Indian journal of veterinary science and animal husbandry - Volumes 26-27, 1956-1957
Year: 1956
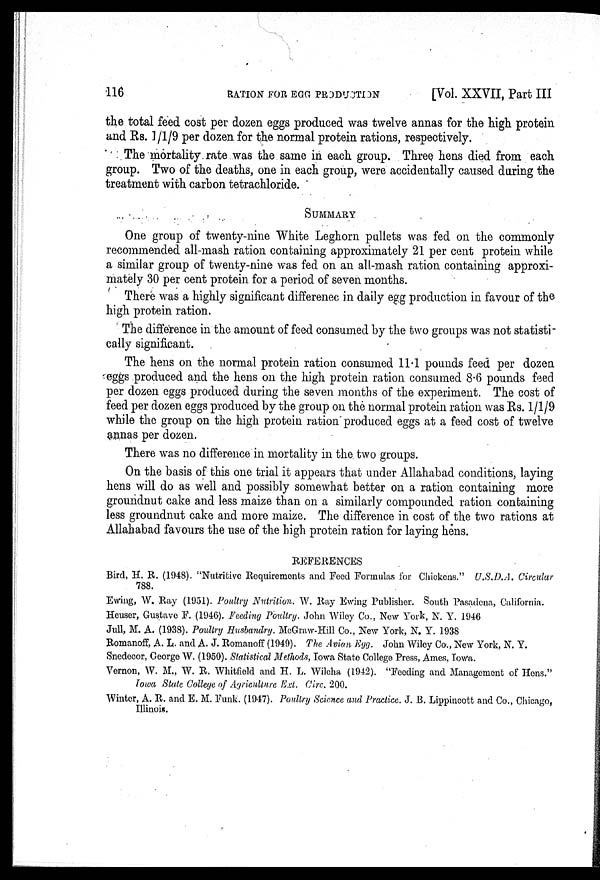
116
RATION FOR EGG
PRODUCTION
[Vol. XXVII, Part III
the total feed cost per dozen eggs produced was twelve annas for the high protein
and Rs. 1/1/9 per dozen for the normal protein rations, respectively.
The mortality rate was the same in each group. Three hens died from each
group. Two of the deaths, one in each group, were accidentally caused during the
treatment with carbon tetrachloride.
SUMMARY
One group of twenty-nine White Leghorn pullets was fed on the commonly
recommended all-mash ration containing approximately 21 per cent protein while
a similar group of twenty-nine was fed on an all-mash ration containing approxi-
mately 30 per cent protein for a period of seven months.
There was a highly significant difference in daily egg production in favour of the
high protein ration.
The difference in the amount of feed consumed by the two groups was not statisti-
cally significant.
The hens on the normal protein ration consumed 11.1 pounds feed per dozen
eggs produced and the hens on the high protein ration consumed 8.6 pounds feed
per dozen eggs produced during the seven months of the experiment. The cost of
feed per dozen eggs produced by the group on the normal protein ration was Rs. 1/1/9
while the group on the high protein ration produced eggs at a feed cost of twelve
annas per dozen.
There was no difference in mortality in the two groups.
On the basis of this one trial it appears that under Allahabad conditions, laying
hens will do as well and possibly somewhat better on a ration containing more
groundnut cake and less maize than on a similarly compounded ration containing
less groundnut cake and more maize. The difference in cost of the two rations at
Allahabad favours the use of the high protein ration for laying hens.
REFERENCES
Bird, H. R. (1948). "Nutritive Requirements and Food Formulas for Chickens." U.S.D.A. Circular
788.
Ewing, W. Ray (1951). Poultry Nutrition. W. Ray Ewing Publisher. South Pasadena, California.
Heuser, Gustave F. (1946). Feeding Poultry. John Wiley Co., New York, N. Y. 1946
Jull, M. A. (1938). Poultry Husbandry. McGraw-Hill Co., New York, N. Y. 1938
Romanoff, A. L. and A. J. Romanoff (1949). The Avian Egg. John Wiley Co., New York, N. Y.
Snedecor, George W. (1950). Statistical Methods, Iowa State College Press, Ames, Iowa.
Vernon, W. M., W. R. Whitfield and H. L. Wilcha (1942). "Feeding and Management of Hens."
Iowa State College of Agriculture Ext. Cire. 200.
Winter, A. R. and E. M. Funk. (1947). Poultry Science and Practice. J. B. Lippincott and Co., Chicago,
Illinois.